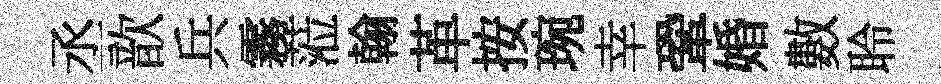
丞歆兵霧蒞翰革按琬幸鞏婚數聆